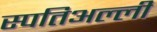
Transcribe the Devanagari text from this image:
स्पतिअल्ली